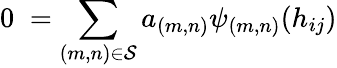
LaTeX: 0\; =\sum_{{(m,n)}\in{\cal S}}a_{(m,n)}{\psi_{(m,n)}}({h_{ij}})